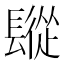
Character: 𨲧